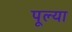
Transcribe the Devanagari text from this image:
पूल्या